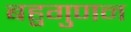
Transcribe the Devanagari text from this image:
बहुगुणन